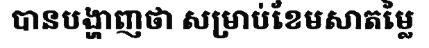
បានបង្ហាញថា សម្រាប់ខែមសាតម្លៃ